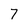
Character: 7